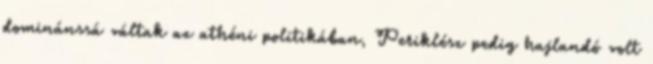
dominánssá váltak az athéni politikában, Periklész pedig hajlandó volt